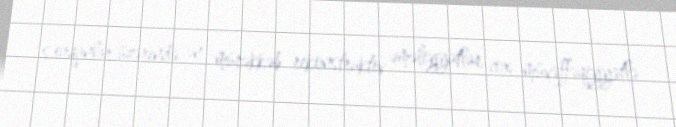
s.orqanlar üzərində ən mürəkkəb rekonstruktiv əməliyyatlar cox müvəffəqiyyətlə